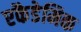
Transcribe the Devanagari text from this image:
एकैडेमिक